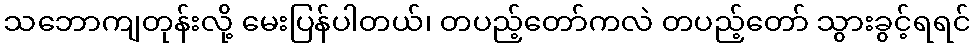
သဘောကျတုန်းလို့ မေးပြန်ပါတယ်၊ တပည့်တော်ကလဲ တပည့်တော် သွားခွင့်ရရင်